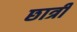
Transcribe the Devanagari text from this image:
छात्री